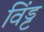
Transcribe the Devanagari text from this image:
विंड्ट